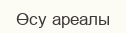
Өсу ареалы